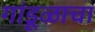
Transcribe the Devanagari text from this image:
गांडूळाचा